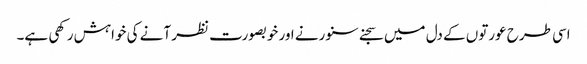
اسی طرح عورتوں کے دل میں سجنے سنورنے اور خوبصورت نظر آنے کی خواہش رکھی ہے۔